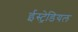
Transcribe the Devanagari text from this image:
ईस्ट्रेडियल